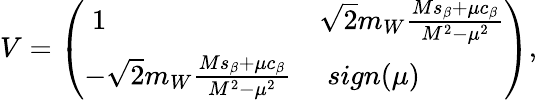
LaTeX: V=\left(\begin{array}{ll}{{\; 1}}&{{\sqrt{2}m_{W}\frac{Ms_{\beta}+\mu c_{\beta}}{M^{2}-\mu^{2}}}}\\ {{-\sqrt{2}m_{W}\frac{Ms_{\beta}+\mu c_{\beta}}{M^{2}-\mu^{2}}}}&{{\; sign(\mu)}}\end{array}\right),